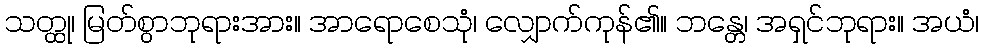
သတ္ထု၊ မြတ်စွာဘုရားအား။ အာရောစေသုံ၊ လျှောက်ကုန်၏။ ဘန္တေ၊ အရှင်ဘုရား။ အယံ၊